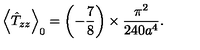
\left\langle \hat { T } _ { z z } \right\rangle _ { 0 } = \left( - \frac { 7 } { 8 } \right) \times \frac { \pi ^ { 2 } } { 2 4 0 a ^ { 4 } } .